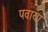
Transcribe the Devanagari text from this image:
पवाया